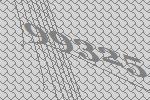
99325